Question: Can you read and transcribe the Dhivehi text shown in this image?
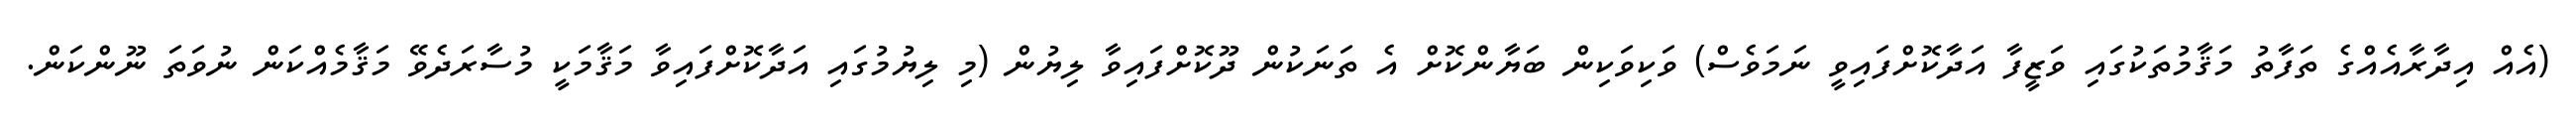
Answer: (އެއް އިދާރާއެއްގެ ތަފާތު މަޤާމުތަކުގައި ވަޒީފާ އަދާކޮށްފައިވީ ނަމަވެސް) ވަކިވަކިން ބަޔާންކޮށް އެ ތަނަކުން ދޫކޮށްފައިވާ ލިޔުން (މި ލިޔުމުގައި އަދާކޮށްފައިވާ މަޤާމަކީ މުސާރަދެވޭ މަޤާމެއްކަން ނުވަތަ ނޫންކަން.